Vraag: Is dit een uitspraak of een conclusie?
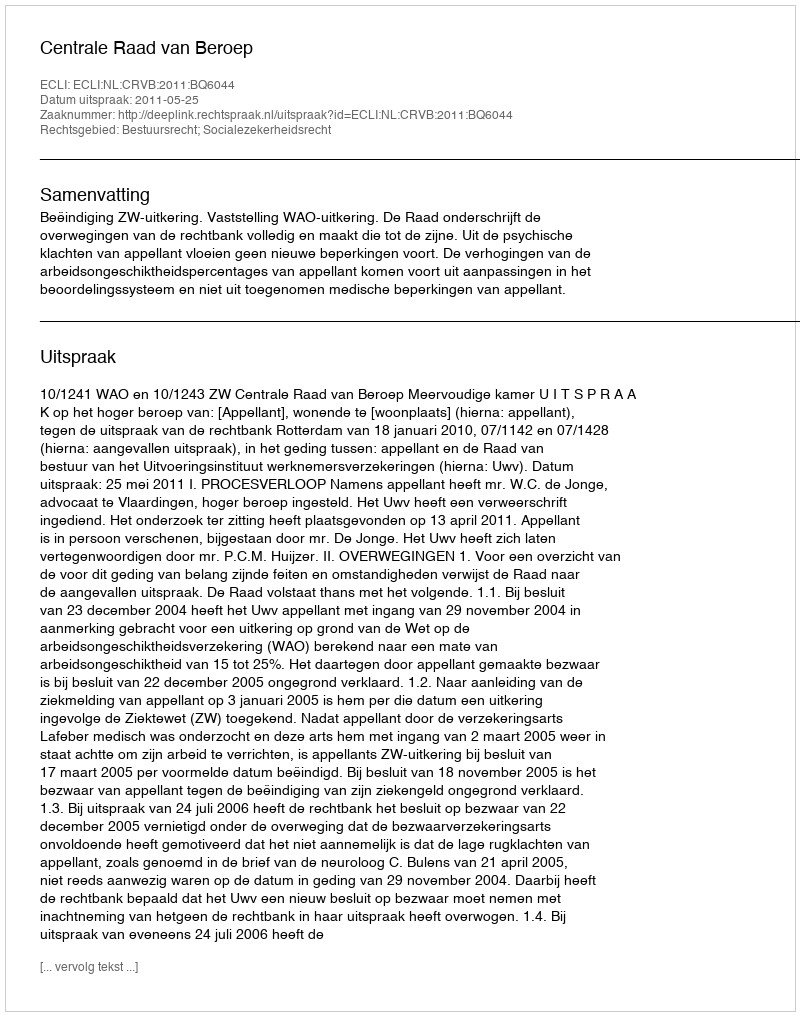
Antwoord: Uitspraak